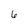
Character: 6